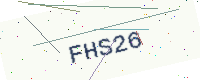
Text: FHS26